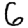
Digit: 6